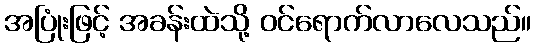
အပြုံးဖြင့် အခန်းထဲသို့ ဝင်ရောက်လာလေသည်။